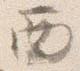
西